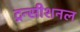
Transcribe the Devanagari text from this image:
ट्रन्सीशनल